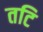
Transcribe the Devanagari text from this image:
तटि